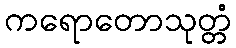
ကရောတောသုတ္တံ